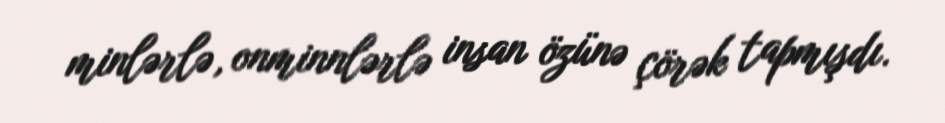
minlərlə, onminnlərlə insan özünə çörək tapmışdı.